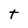
Character: t